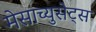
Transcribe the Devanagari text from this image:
मेसाच्युसेट्स